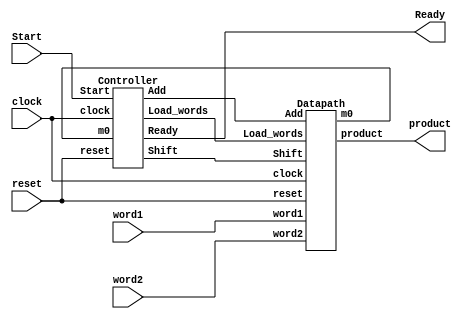
module Multiplier_STG_0 (product, Ready,  word1, word2, Start, clock, reset);
  parameter 				L_word = 4;	// Datapath size
  output 	[2*L_word -1: 0] 		product;
  output 					Ready;
  input 		[L_word -1: 0] 	word1, word2;
  input 					Start, clock, reset;
  wire					m0, Load_words, Shift;

  Datapath M1 (product, m0, word1, word2, Load_words, Shift, Add, clock, reset);
  Controller M2 (Load_words, Shift, Add, Ready, m0, Start, clock, reset);
endmodule

module Controller (Load_words, Shift, Add, Ready, m0, Start, clock, reset);
  parameter 				L_word = 4;	// Datapath size
  parameter 				L_state = 4;	// State size
  output 					Load_words, Shift, Add, Ready;
  input 					m0, Start, clock, reset;
  reg 		[L_state -1: 0] 		state, next_state;
  parameter 				S_idle = 0, S_1 = 1, S_2 = 2;
  parameter				S_3 = 3,	S_4 = 4, S_5 = 5, S_6 = 6;
  parameter				S_7 = 7, S_8 = 8;
  reg 					Load_words, Shift, Add;

  wire					Ready =  ((state == S_idle) && !reset) || (state == S_8);

  always @ (posedge clock or posedge reset)  	// State transitions
    if (reset) state <= S_idle; else state <= next_state; 

  always @ (state or Start or m0) begin 		// Next state and control logic
    Load_words = 0;  Shift = 0; Add = 0; 
    case (state)
      S_idle: 	if (Start) begin Load_words = 1; next_state = S_1; end 
else next_state =  S_idle;  
      S_1:		if (m0) begin Add = 1; next_state = S_2; end 
        		else begin Shift = 1; next_state = S_3; end
      S_2: 	begin Shift = 1; next_state = S_3; end
      S_3: 	if (m0) begin Add = 1; next_state = S_4; end 
else begin Shift = 1; next_state = S_5; end
      S_4: 	begin Shift = 1; next_state = S_5; end
      S_5: 	if (m0) begin Add = 1; next_state = S_6; end 
else begin Shift = 1; next_state = S_7; end
      S_6: 	begin Shift = 1; next_state = S_7; end
      S_7: 	if (m0) begin Add = 1; next_state = S_8; end 
else begin next_state = S_8; end		// remove Shift =1 5-10-04
      S_8: 	if (Start) begin Load_words = 1; next_state = S_1; end 
else next_state = S_8; 
      default:	next_state = S_idle;
    endcase
  end
endmodule

module Datapath (product, m0, word1, word2, Load_words, Shift, Add, clock, reset);
  parameter 				L_word = 4;
  output 		[2*L_word -1: 0] 		product;
  output 					m0;
  input 		[L_word -1: 0] 		word1, word2;
  input 					Load_words, Shift, Add, clock, reset;
  reg 		[2*L_word -1: 0] 		product, multiplicand;
  reg 		[L_word -1: 0]  		multiplier;

  wire 					m0 = multiplier[0];

  // Register/Datapath Operations
  always @ (posedge clock or posedge reset) begin
    if (reset) begin multiplier <= 0; multiplicand <= 0; product <= 0; end
    else if (Load_words)  begin 
      multiplicand <= word1;
      multiplier <= word2; product <= 0; 
    end
    else if (Shift) begin 
      multiplier <= multiplier >> 1; 
      multiplicand <= multiplicand << 1; 
    end
    else if (Add) product <= product + multiplicand;
  end
endmodule
/*  
module test_Multiplier_STG_0 ();
  parameter 			L_word = 4;    
  wire 	[2*L_word -1: 0] 	product;		 
  wire 				Ready;
  integer 				word1, word2;     // multiplicand, multiplier
  reg 				Start, clock, reset;

  Multiplier_STG_0 M1 (product, Ready, word1, word2, Start, clock, reset);

  // Exhaustive Testbench
  reg 	[2*L_word -1: 0] 	expected_value;		 
  reg 				code_error;

  initial #80000 $finish;		// Timeout

  always @ (posedge clock)  // Compare product with expected value
    if (Start) begin  
      #5 expected_value = 0;  
      expected_value = word2 * word1;
       // expected_value = word2 * word1 + 1; // Use to check error detection
      code_error = 0; 
    end 
    else begin 
      code_error = (M1.M2.state == M1.M2.S_8) ? |(expected_value ^ product) : 0;
    end  

  initial begin clock = 0; forever #10 clock = ~clock; end
  initial begin	 
    #2 reset = 1;
    #15 reset = 0;
  end
  initial begin #5 Start = 1; #10 Start = 15; end	// Test for reset override
  initial begin	// Exhaustive patterns
    for (word1 = 0; word1 <= 15; word1 = word1 +1) begin
    for (word2 = 0; word2 <= 15; word2 = word2 +1) begin
      Start = 0; #40 Start = 1;
      #20 Start = 0; 
      #200;
    end  // word2
    #140;
    end  //word1
  end // initial
endmodule
*/